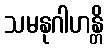
သမနုဂါဟန္တိ